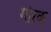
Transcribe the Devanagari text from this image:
गोरक